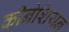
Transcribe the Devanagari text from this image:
कीनेशियन